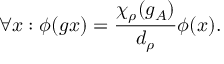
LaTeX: \forall x : \phi ( g x ) = \frac { \chi _ { \rho } ( g _ { A } ) } { d _ { \rho } } \phi ( x ) .